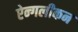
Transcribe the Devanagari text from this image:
ऐन्गलीकन